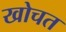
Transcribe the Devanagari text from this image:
खोचत